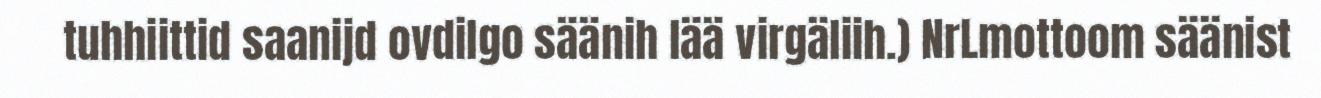
tuhhiittid saanijd ovdilgo säänih lää virgäliih.) NrLmottoom säänist